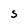
Character: S